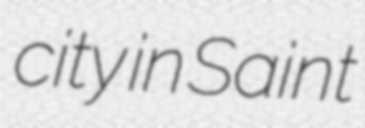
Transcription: city in Saint